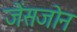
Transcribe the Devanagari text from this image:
जेंसजोन